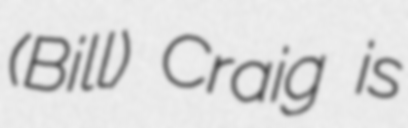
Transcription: (Bill) Craig is